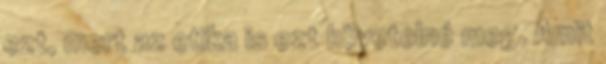
ezt, mert az etika is ezt követelné meg. Amit